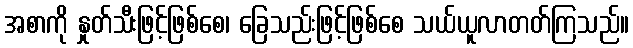
အစာကို နှုတ်သီးဖြင့်ဖြစ်စေ၊ ခြေသည်းဖြင့်ဖြစ်စေ သယ်ယူလာတတ်ကြသည်။